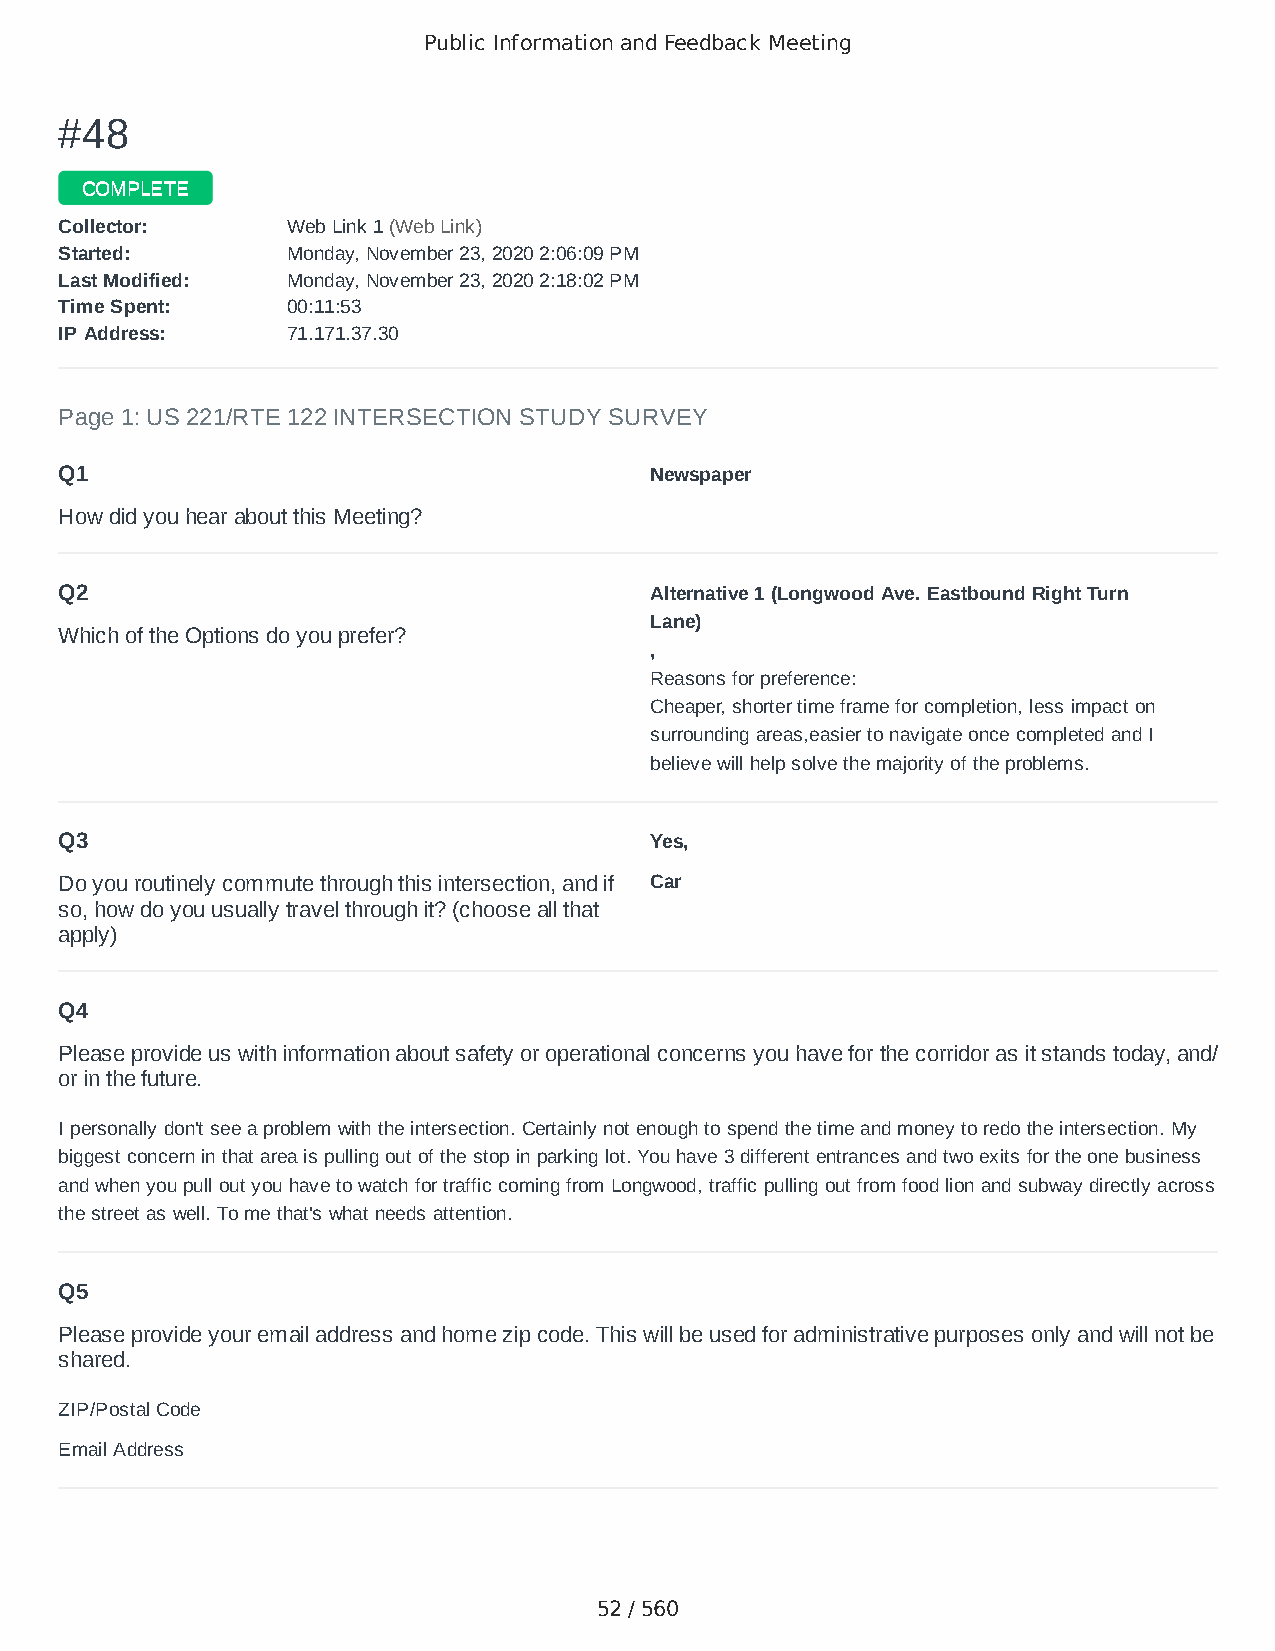
Public Information and Feedback Meeting
 ##4488
 CCOOMMPPLLEETTEE
 CCoolllleeccttoorr:: WWeebb LLiinnkk 11 ((WWeebb LLiinnkk))
 SSttaarrtteedd:: MMoonnddaayy,, NNoovveemmbbeerr 2233,, 22002200 22::0066::0099 PPMM
 LLaasstt MMooddiiffiieedd:: MMoonnddaayy,, NNoovveemmbbeerr 2233,, 22002200 22::1188::0022 PPMM
 TTiimmee SSppeenntt:: 0000::1111::5533
 IIPP AAddddrreessss:: 7711..117711..3377..3300
 Page 1: US 221/RTE 122 INTERSECTION STUDY SURVEY
 Q1                                     Newspaper
 How did you hear about this Meeting?
 Q2                                     Alternative 1 (Longwood Ave. Eastbound Right Turn
 Lane)
 Which of the Options do you prefer?
 ,
 Reasons for preference:
 Cheaper, shorter time frame for completion, less impact on
 surrounding areas,easier to navigate once completed and I
 believe will help solve the majority of the problems.
 Q3                                     Yes,
 Do you routinely commute through this intersection, and if Car
 so, how do you usually travel through it? (choose all that
 apply)
 Q4
 Please provide us with information about safety or operational concerns you have for the corridor as it stands today, and/
 or in the future.
 I personally don't see a problem with the intersection. Certainly not enough to spend the time and money to redo the intersection. My
 biggest concern in that area is pulling out of the stop in parking lot. You have 3 different entrances and two exits for the one business
 and when you pull out you have to watch for traffic coming from Longwood, traffic pulling out from food lion and subway directly across
 the street as well. To me that's what needs attention.
 Q5
 Please provide your email address and home zip code. This will be used for administrative purposes only and will not be
 shared.
 ZIP/Postal Code                        24523
 Email Address                          kk4mhn@gmail.com
 52 / 560